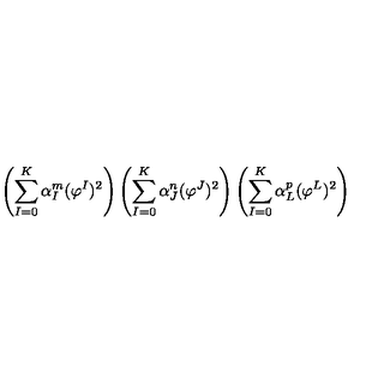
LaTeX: \left( \sum _ { I = 0 } ^ { K } \alpha _ { I } ^ { m } ( \varphi ^ { I } ) ^ { 2 } \right) \left( \sum _ { I = 0 } ^ { K } \alpha _ { J } ^ { n } ( \varphi ^ { J } ) ^ { 2 } \right) \left( \sum _ { I = 0 } ^ { K } \alpha _ { L } ^ { p } ( \varphi ^ { L } ) ^ { 2 } \right)